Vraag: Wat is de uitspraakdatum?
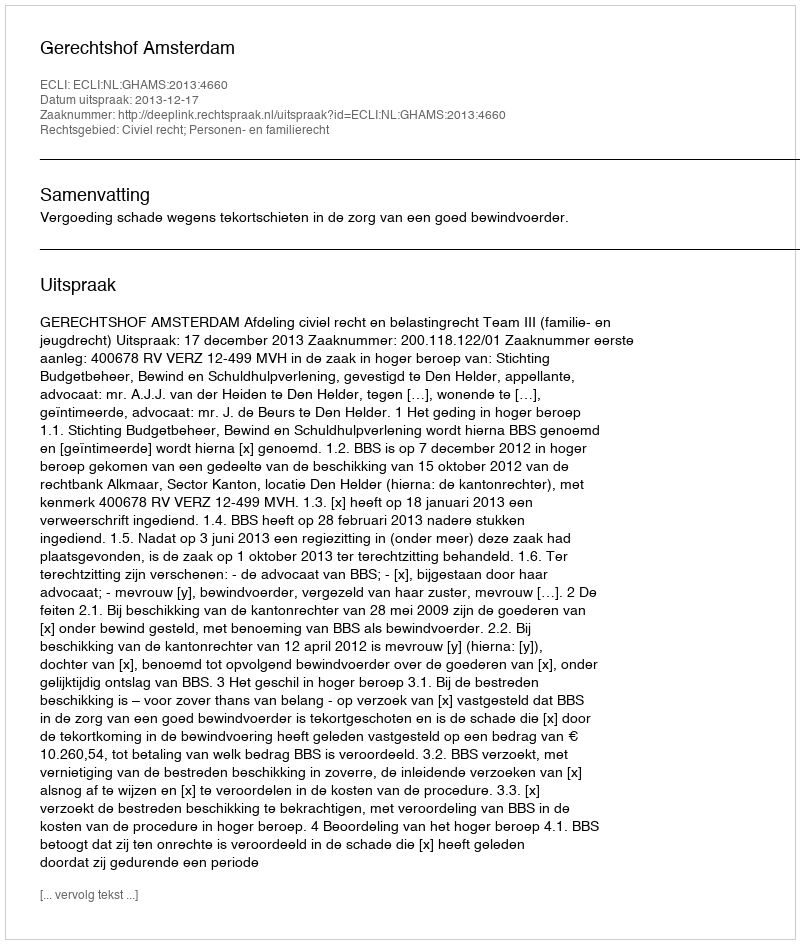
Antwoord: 2013-12-17